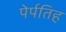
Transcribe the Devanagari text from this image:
पेर्पतिह